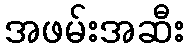
အဖမ်းအဆီး